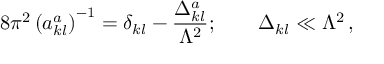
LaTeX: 8 \pi ^ { 2 } \left( a _ { k l } ^ { a } \right) ^ { - 1 } = \delta _ { k l } - \frac { \Delta _ { k l } ^ { a } } { \Lambda ^ { 2 } } ; \qquad \Delta _ { k l } \ll \Lambda ^ { 2 } \, ,